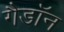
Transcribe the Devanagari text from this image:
गैडाॅन